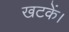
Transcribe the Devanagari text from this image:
खटकें।